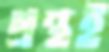
গ্রন্থই